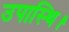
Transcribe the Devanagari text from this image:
उपास्थि।